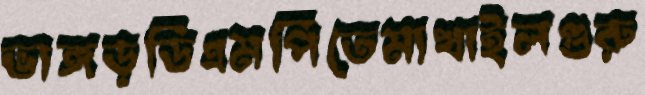
ভাঙ্গড়ডিএমপিতেমাখাইলগুরু